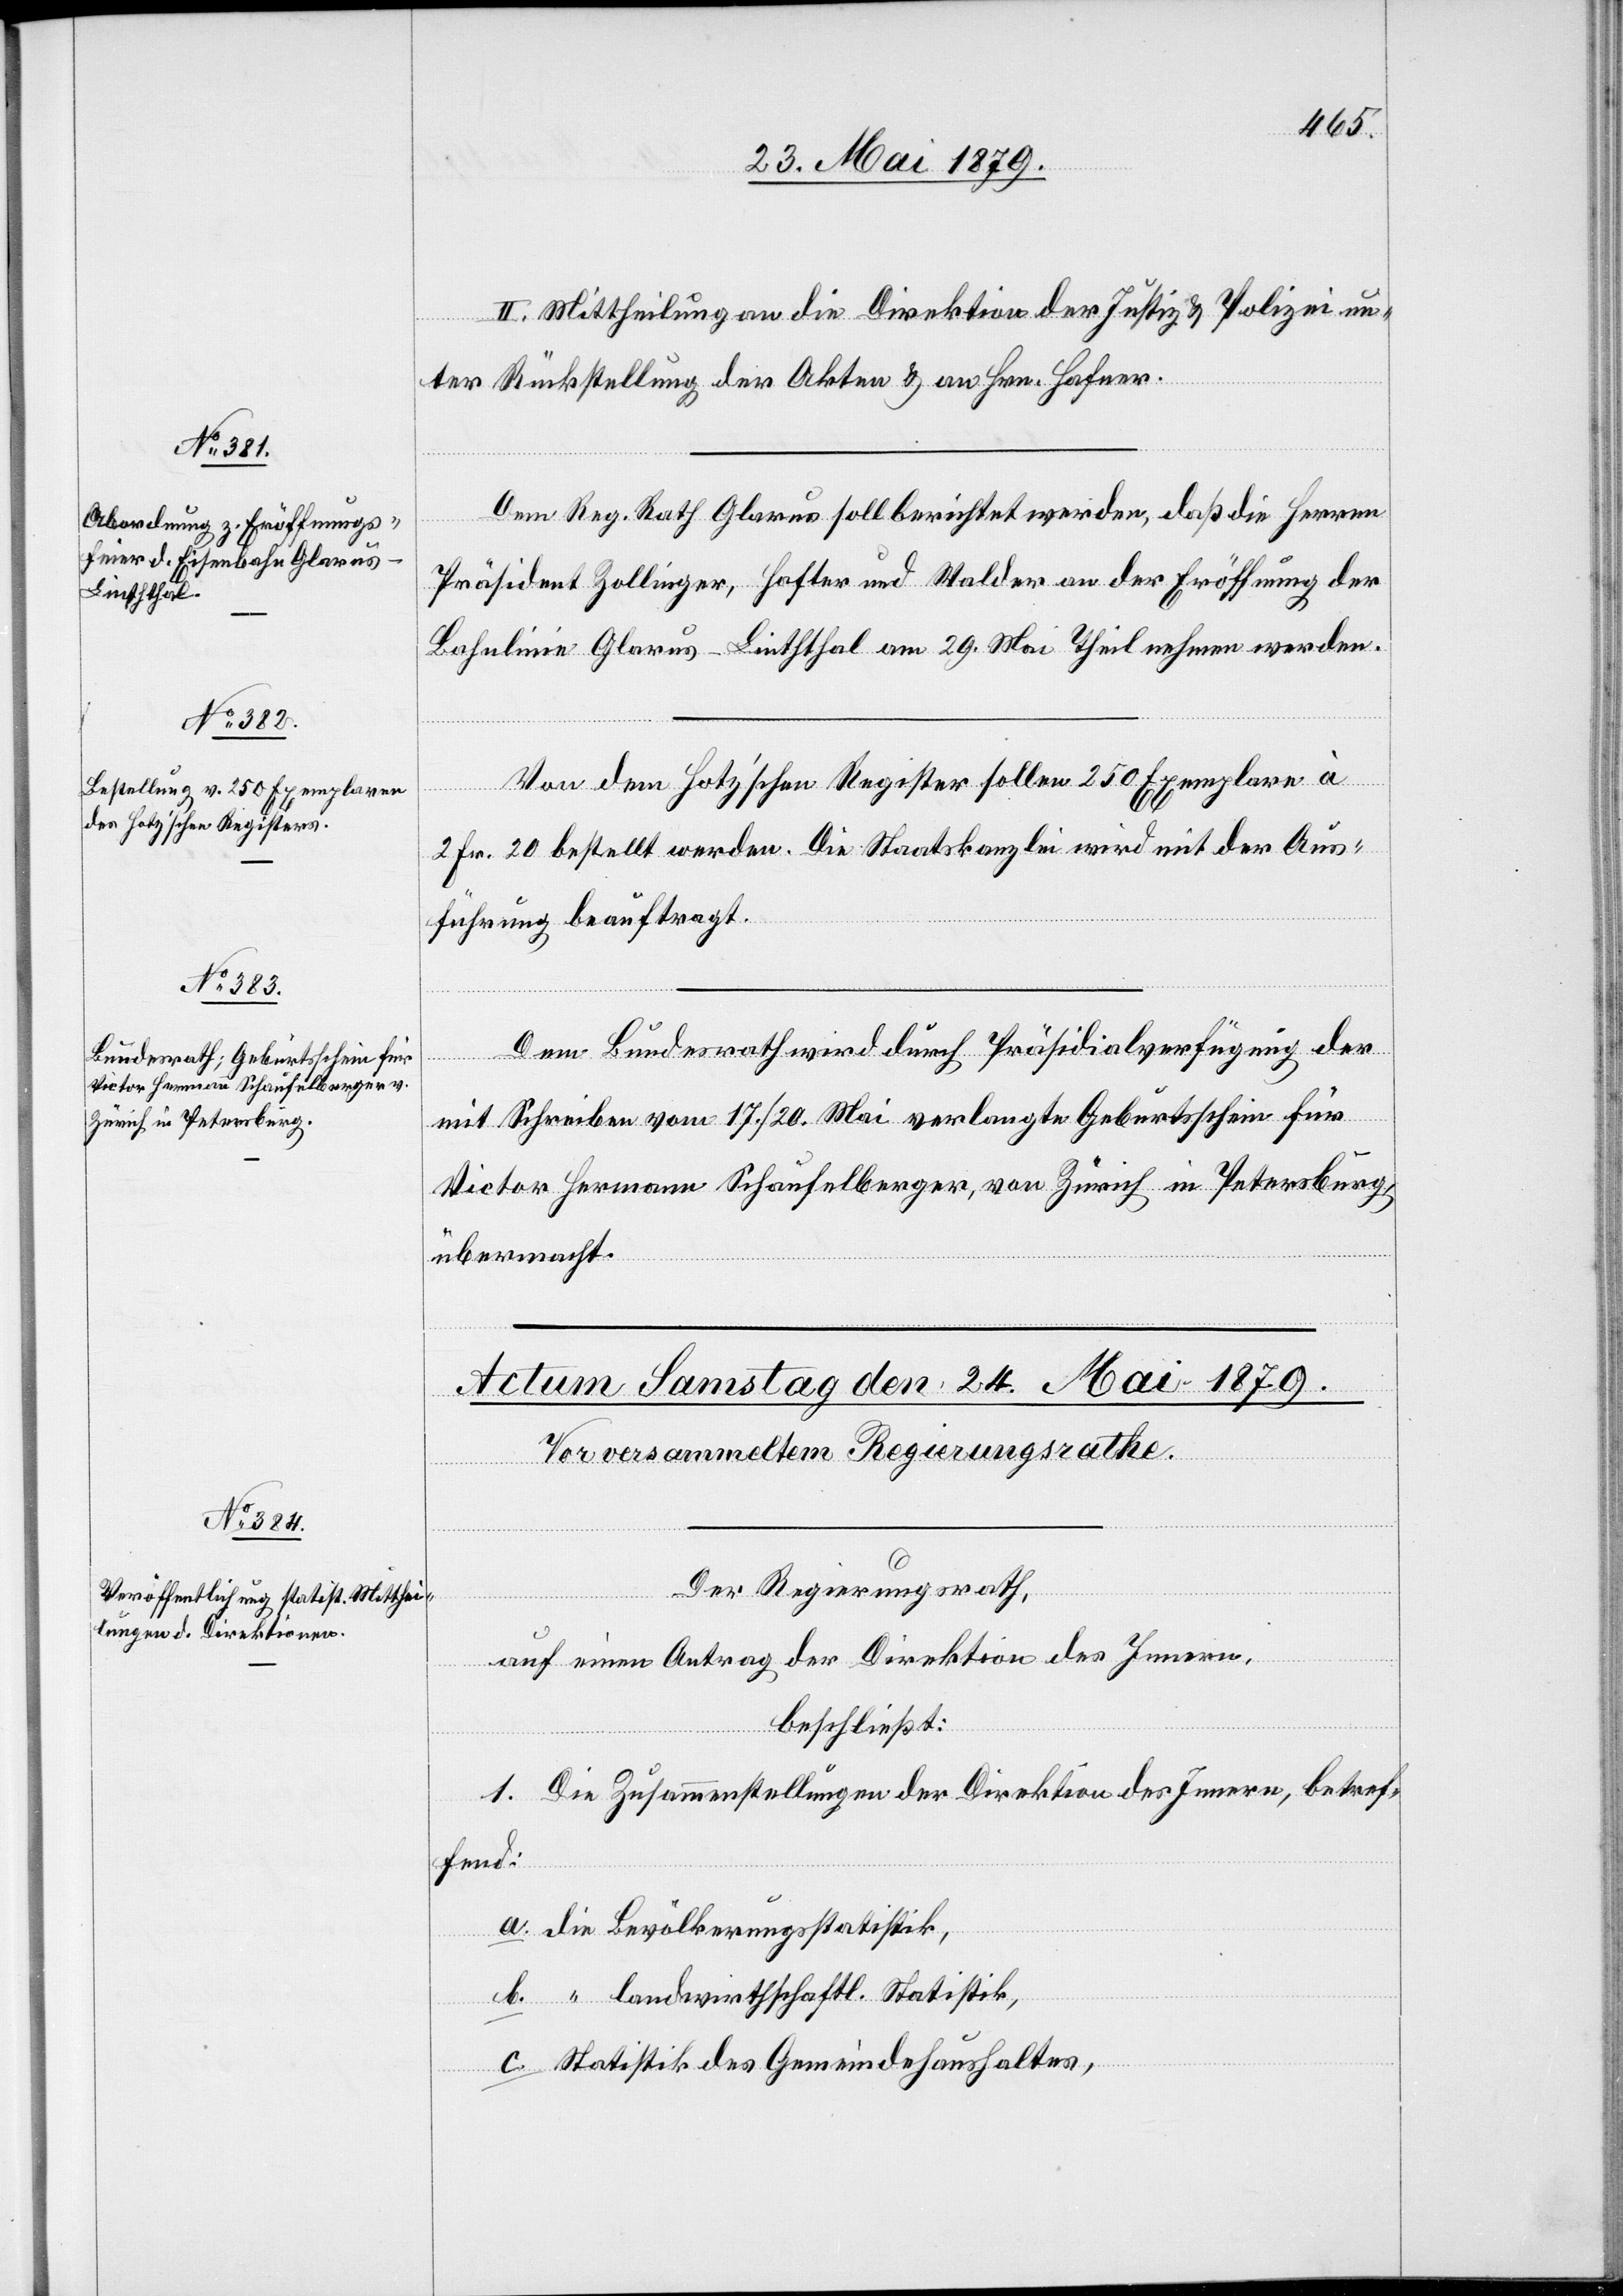
II. Mittheilung an die Direktion der Justiz & Polizei un¬
ter Rückstellung der Akten & an Hrn. Hafner.
Dem Reg. Rath Glarus soll berichtet werden, daß die Herren
Präsident Zollinger, Hafter und Walder an der Eröffnung der
Bahnlinie Glarus–Linththal am 29. Mai Theil nehmen werden.
Von dem Hotz’schen Register sollen 250 Exemplare à
2 Fr. 20 bestellt werden. Die Staatskanzlei wird mit der Aus¬
führung beauftragt.
Dem Bundesrath wird durch Präsidialverfügung der
mit Schreiben vom 17./20. Mai verlangte Geburtsschein für
Victor Hermann Schaufelberger, von Zürich in Petersburg,
übermacht.
Der Regierungsrath,
auf einen Antrag der Direktion des Innern,
beschließt:
1. Die Zusammenstellungen der Direktion des Innern, betref¬
fend:
a. die Bevölkerungsstatistik,
b. “ landwirthschaftl. Statistik,
c. Statistik des Gemeindehaushaltes,